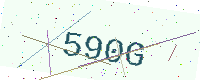
Text: 590G